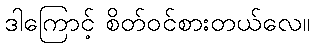
ဒါကြောင့် စိတ်ဝင်စားတယ်လေ။